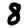
Digit: 8